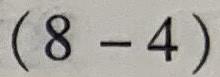
$(8 - 4)$